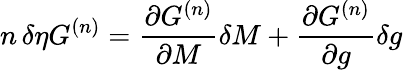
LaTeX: n\, \delta\eta G^{(n)}={\frac{\partial G^{(n)}}{\partial M}}\delta M+{\frac{\partial G^{(n)}}{\partial g}}\delta g